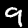
Digit: 9